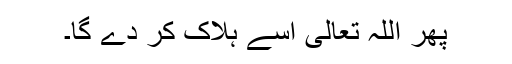
پھر اللہ تعالیٰ اسے ہلاک کر دے گا۔